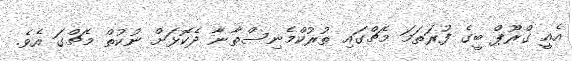
އެއީ ގްރޫޕް ބީގެ ފުރަތަމަ މެޗްގައި ތުރުކްމެނިސްތާނާ ދެކޮޅަށް ނުކުތް މެޗްގަ އެވެ.